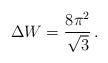
LaTeX: \begin{align*}\Delta W = \frac{8\pi^2}{\sqrt{3}} \,.\end{align*}